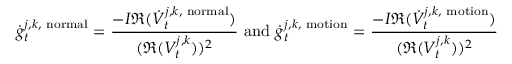
\dot { g } _ { t } ^ { j , k , \mathrm { \scriptsize ~ n o r m a l } } = \frac { - I \mathfrak R ( \dot { V } _ { t } ^ { j , k , \mathrm { \scriptsize ~ n o r m a l } } ) } { ( \mathfrak R ( V _ { t } ^ { j , k } ) ) ^ { 2 } } \mathrm { ~ a n d ~ } \dot { g } _ { t } ^ { j , k , \mathrm { \scriptsize ~ m o t i o n } } = \frac { - I \mathfrak R ( \dot { V } _ { t } ^ { j , k , \mathrm { \scriptsize ~ m o t i o n } } ) } { ( \mathfrak R ( V _ { t } ^ { j , k } ) ) ^ { 2 } }